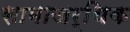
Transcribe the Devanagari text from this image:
सामाजर्थिक